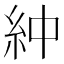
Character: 𫃞